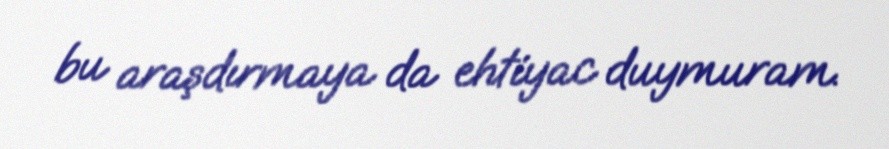
bu araşdırmaya da ehtiyac duymuram.